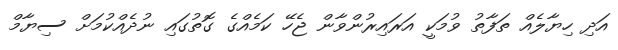
އަދި ހިޔާލެއް ތަފާތު ވުމަކީ އަރައިރުންވާން ޖެހޭ ކަމެއްގެ ގޮތުގައި ނުދެއްކުމަށް ސިޔާމް